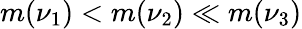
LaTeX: m(\nu_{1})<m(\nu_{2})\ll m(\nu_{3})